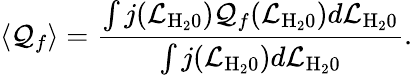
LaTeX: \langle\mathcal{Q}_{f}\rangle=\frac{\int j(\mathcal{L}_{\mathrm{{H_{2}0}}})\mathcal{Q}_{f}(\mathcal{L}_{\mathrm{{H_{2}0}}})d\mathcal{L}_{\mathrm{{H_{2}0}}}}{\int j(\mathcal{L}_{\mathrm{{H_{2}0}}})d\mathcal{L}_{\mathrm{{H_{2}0}}}}.